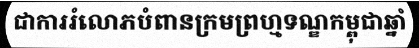
ជាការរំលោភបំពានក្រមព្រហ្មទណ្ឌកម្ពុជាឆ្នាំ